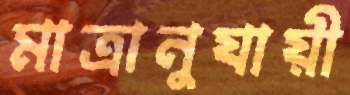
মাত্রানুযায়ী